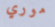
موري